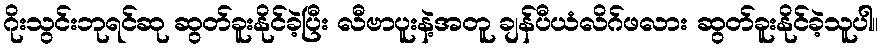
ဂိုးသွင်းဘုရင်ဆု ဆွတ်ခူးနိုင်ခဲ့ပြီး လီဗာပူးနဲ့အတူ ချန်ပီယံလိဂ်ဖလား ဆွတ်ခူးနိုင်ခဲ့သူပါ။